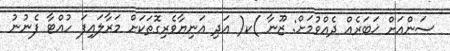
ސަންއަށް ޚަބަރެއް ދެއްވުމަށް: ޒޫނާ )ކ( އަދި އަނިޔާވެރިގޮތަކަށް މަރާލައިފަ ހުއްޓާ ފެނުނު